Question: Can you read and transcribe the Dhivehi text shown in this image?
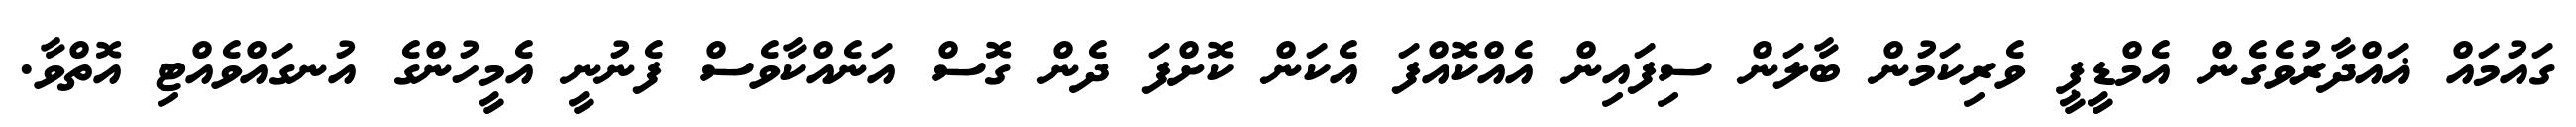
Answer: ގައުމައް ޣައްދާރުވެގެން އެމްޑީޕީ ވެރިކަމުން ބާލަން ސިފައިން އެއްކޮއްފަ އެކަން ކޮށްފަ ދެން ގޮސް އަނެއްކާވެސް ފެނުނީ އެމީހުންގެ އުނގައްވެއްޓި އޮތްވާ.